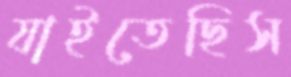
যাইতেছিস